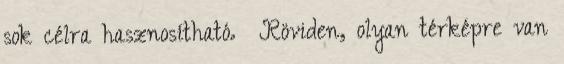
sok célra hasznosítható. Röviden, olyan térképre van